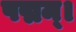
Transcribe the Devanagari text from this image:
पद्मम्।